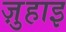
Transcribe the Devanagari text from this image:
ज़ुहाइ